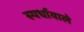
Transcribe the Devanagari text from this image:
स्पर्धावाले